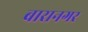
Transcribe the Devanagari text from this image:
बारानगर